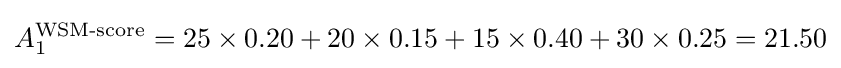
A_{1}^{\text{WSM-score}}=25\times 0.20+20\times 0.15+15\times 0.40+30\times 0.25=21.50